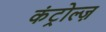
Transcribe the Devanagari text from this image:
कंट्रोल्ज़